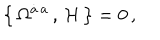
LaTeX: \big \{ \, \Omega ^ { \dot { a } \, a } \, , \, { \cal H } \, \big \} = 0 \, ,